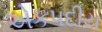
એકપદીય